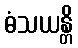
ဓံသယန္တိ